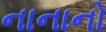
નાનાનો